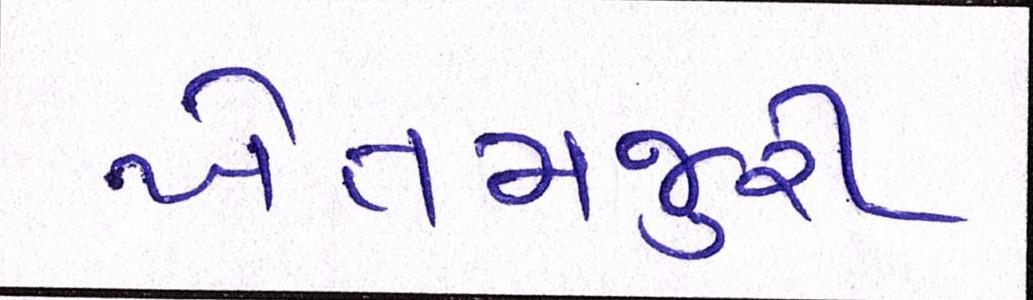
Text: ખેતમજુરી